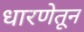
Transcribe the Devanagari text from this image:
धारणेतून